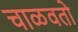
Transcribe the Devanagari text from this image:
चाळवतो